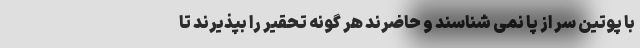
با پوتین سر از پا نمی شناسند و حاضرند هر گونه تحقیر را بپذیرند تا